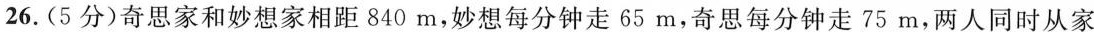
26.(5分)奇思家和妙想家相距840m，妙想每分钟走65m，奇思每分钟走75m，两人同时从家